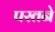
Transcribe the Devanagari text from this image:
परतने